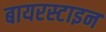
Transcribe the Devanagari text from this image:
बायरस्टाइन